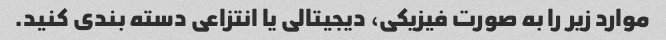
موارد زیر را به صورت فیزیکی، دیجیتالی یا انتزاعی دسته بندی کنید.